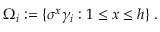
\Omega _ { i } : = \{ \sigma ^ { x } \gamma _ { i } : 1 \leq x \leq h \} \; .